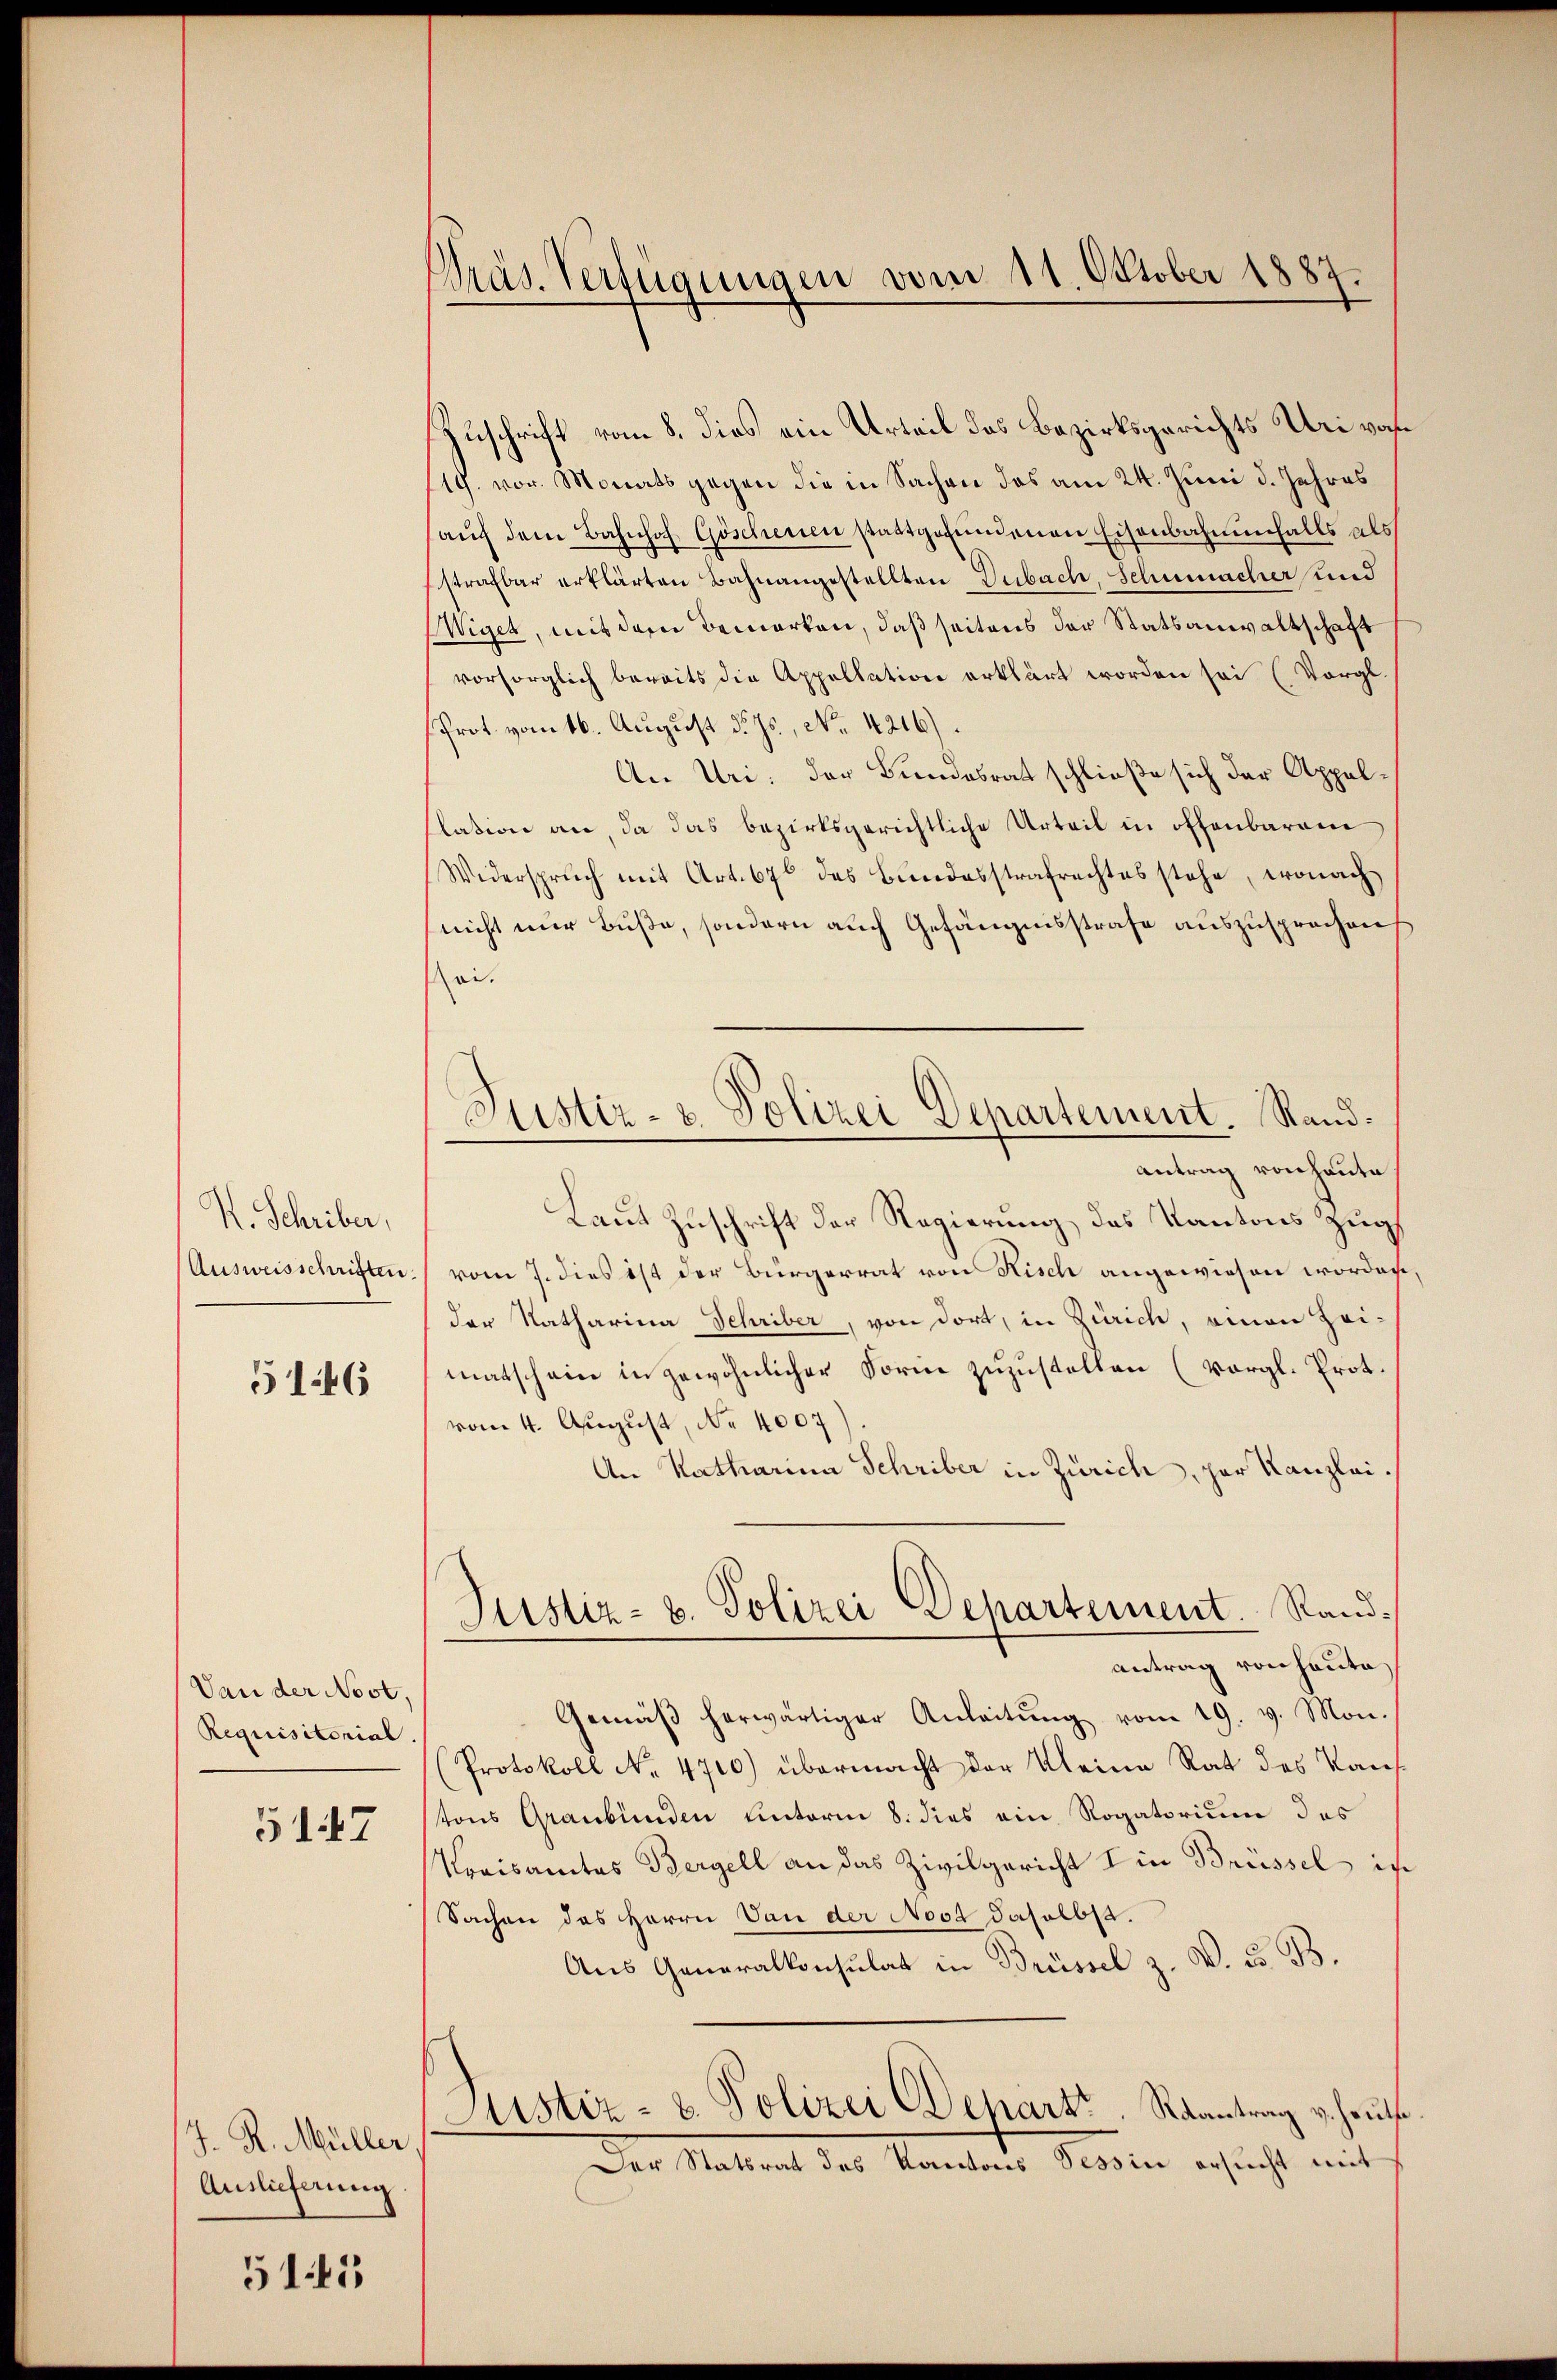
R. Schriber,
Ausweisschriften.

5146

Dan der Nost.
Requisitorial

5147

J. R. Müller
Auslieferung.

51.41

Präs. Verfügungen vom 11. Oktober 1887.

Zuschrift vom 8. dies ein Urteil das Bezirksgerichts Uri vor¬
119. vor. Monats gegen die in Sachen das am 24. Juni d. Jahres
aŭf dem Bahnhof Göschenen stattgefundenen Eisenbahnenfalls als
strafbar erklärten Bahnangestellten Dubach, Schumacher und
Wiget, mit dem Bemerken, daß seitens der Statsanwaltschaft
vorsorglich bereits die Appellation erklärt worden sei (Vergl.
Prot. vom 16. August d. Js., No. 4216).
An Uri: der Bundesrat schließe sich der Appellation an da das bezirksgerichtliche Urteil in offenbarem
Widerspruch mit Art. 67 des Bŭndesstrafrechtes stehe, wonach
nicht nur Buße, sondern auch Gefängnisstrafe auszusprochen
sei.
Antrag von heute
Laut Zuschrift der Regierung, das Kantons Zug,
vom 7. dies ist der Bürgerrat von Risch angewiesen worden,
der Natharina Schriber, von dort, in Zürich, omnen Zei-
matschein in gewöhnlicher Forme zuzustellen (vergl. Prot.
vom 4. August, No. 4007)
An Katharina Schriber in Zürich, zur Kanzlei.
Justiz- u. Polizei Departement. Randantrag von heute
Gemäβ herwärtiger Anleitŭng vom 19. v. Mon.
Protokoll No. 4700) übermacht der Kleine Rat des Kauf-
tons Graubünden unterm 8. dies ein Rogatorium des
Kreisamtes Bergell an das Zivilgericht I in Brüssel in
Sachen des Herrn Von der Noot daselbst.
Aus Generalkonsulat in Brüssel z. V. u. B.
Justiz- u. Polizei Depart. Raantrag v. heuti¬
Der Statsrat des Kantons Tessin ersucht mit

Justiz- & Polizei Departement. Sand¬